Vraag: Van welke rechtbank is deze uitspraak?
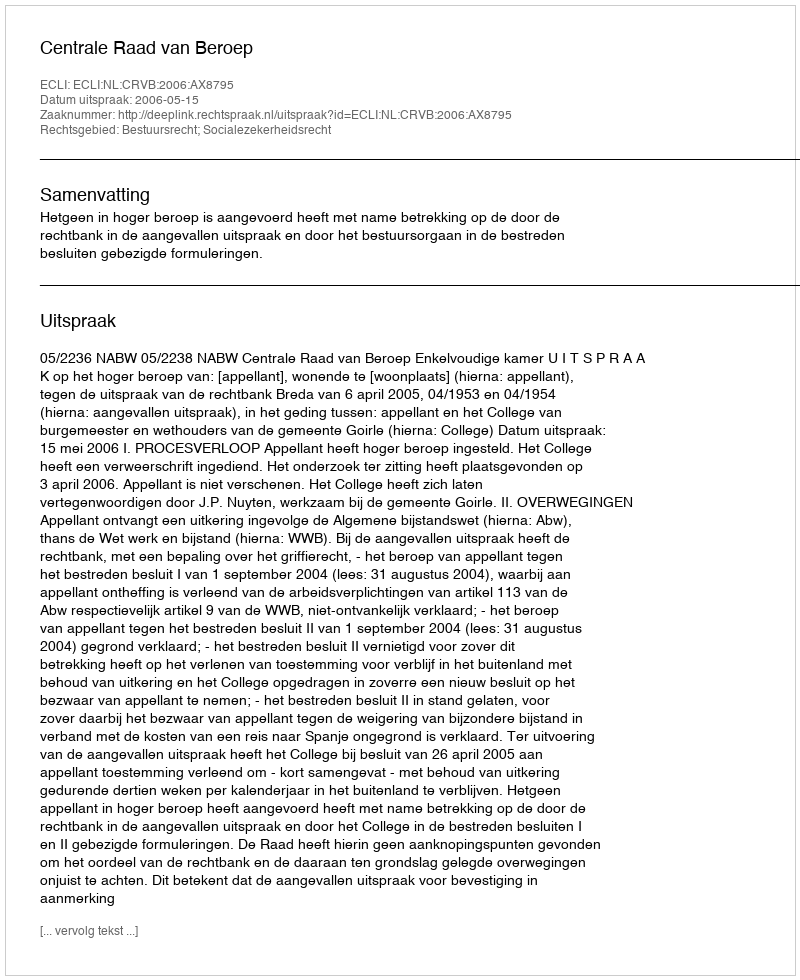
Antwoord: Centrale Raad van Beroep